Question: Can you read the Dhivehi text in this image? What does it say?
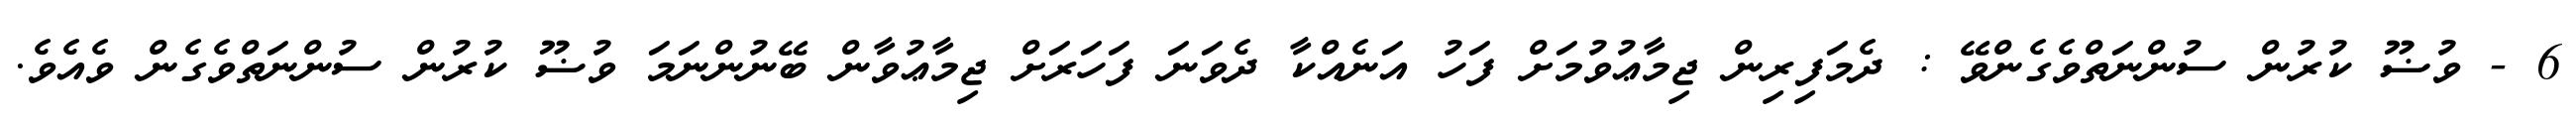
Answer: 6 - ވުޟޫ ކުރުން ސުންނަތްވެގެންވޭ : ދެމަފިރިން ޖިމާޢުވުމަށް ފަހު އަނެއްކާ ދެވަނަ ފަހަރަށް ޖިމާޢުވާން ބޭނުންނަމަ ވުޟޫ ކުރުން ސުންނަތްވެގެން ވެއެވެ.